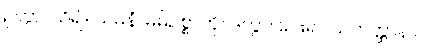
ဥတွာ၊ သိ၍။ သဓနံ၊ မိမိဥစ္စာကို။ ဒတွာ၊ ပေး၍။ သဟတ္ထာနာ၊